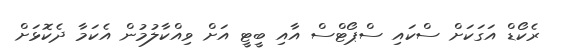
ރެކޯޑް އަގަކަށް ސްކައި ސްޕޯޓްސް އާއި ބީޓީ އަށް ވިއްކާލުމުން އެކަމާ ދެކޮޅަށް